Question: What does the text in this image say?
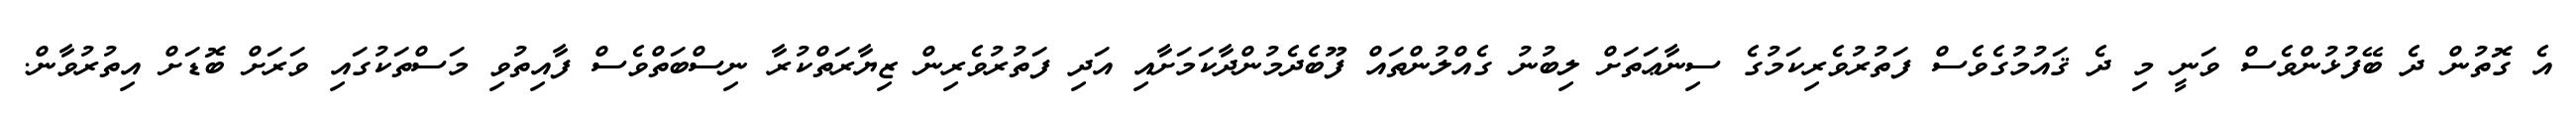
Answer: އެ ގޮތުން ދެ ބޭފުޅުންވެސް ވަނީ މި ދެ ޤައުމުގެވެސް ފަތުރުވެރިކަމުގެ ސިނާޢަތަށް ލިބުނު ގެއްލުންތައް ފޫބެދެމުންދާކަމަށާއި އަދި ފަތުރުވެރިން ޒިޔާރަތްކުރާ ނިސްބަތްވެސް ފާއިތުވި މަސްތަކުގައި ވަރަށް ބޮޑަށް އިތުރުވާން.